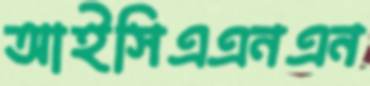
আইসিএএনএন